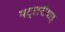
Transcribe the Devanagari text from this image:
बट्लरीयाइ